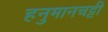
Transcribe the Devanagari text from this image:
हनुमानचट्टी